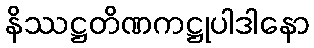
နိဿဋ္ဌတိဏကဋ္ဌုပါဒါနော